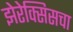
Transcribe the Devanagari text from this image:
झेरेक्सिसचा